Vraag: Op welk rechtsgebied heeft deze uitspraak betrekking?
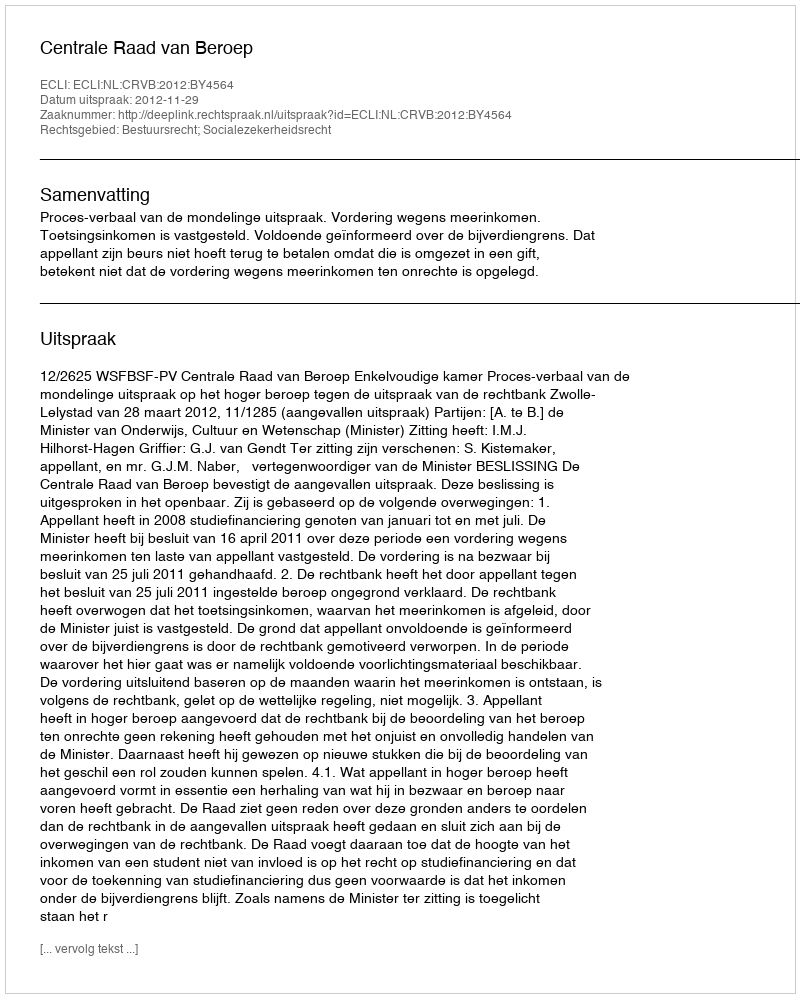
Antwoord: Bestuursrecht; Socialezekerheidsrecht